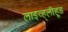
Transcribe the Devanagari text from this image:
लाइव्ह्‌लीहूड